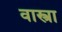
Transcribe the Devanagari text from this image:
वास्त्रा